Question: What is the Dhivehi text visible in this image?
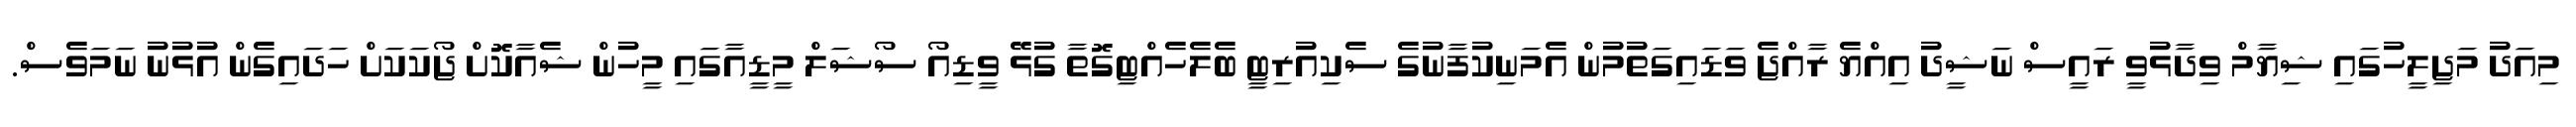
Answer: މިއަދު މަޖިލީހުގައި ޝިޔާމް ވިދާޅުވީ ރައީސް ނަޝީދު އިއްޔެ ރާއްޖެ ވަޑައިގަތުމުން އެމަނިކުފާނުގެ ސެކިއުރިޓީ ބެލެހެއްޓިގޮތާ ގުޅޭ ވީޑިއޯ ސޯޝަލް މީޑީއާގައި މީހުން ޝެއާކޮށް ޖޯކަކަށް ހަދައިގެން އުޅުނު ނަމަވެސް.